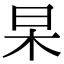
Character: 杲